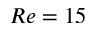
R e = 1 5